Civil Veterinary Department. Central Provinces & Berar 1925-31 - 1925-1931
Year: 1925
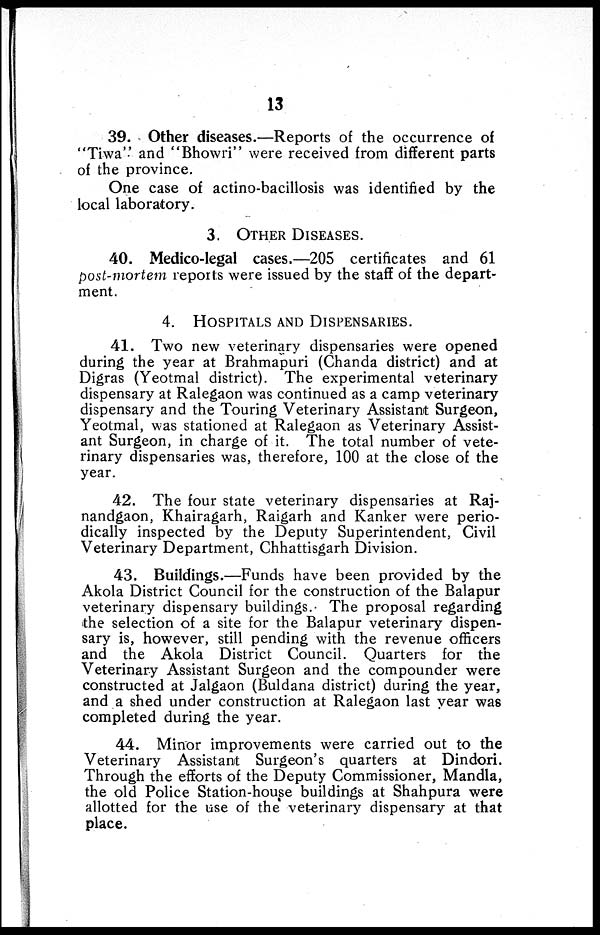
13
39. Other diseases.—Reports of the occurrence of
"Tiwa" and "Bhowri" were received from different parts
of the province.
One case of actino-bacillosis was identified by the
local laboratory.
3. OTHER DISEASES.
40. Medico-legal cases.—205 certificates and 61
post-mortem reports were issued by the staff of the depart-
ment.
4. HOSPITALS AND DISPENSARIES.
41. Two new veterinary dispensaries were opened
during the year at Brahmapuri (Chanda district) and at
Digras (Yeotmal district). The experimental veterinary
dispensary at Ralegaon was continued as a camp veterinary
dispensary and the Touring Veterinary Assistant Surgeon,
Yeotmal, was stationed at Ralegaon as Veterinary Assist-
ant Surgeon, in charge of it. The total number of vete-
rinary dispensaries was, therefore, 100 at the close of the
year.
42. The four state veterinary dispensaries at Raj-
nandgaon, Khairagarh, Raigarh and Kanker were perio-
dically inspected by the Deputy Superintendent, Civil
Veterinary Department, Chhattisgarh Division.
43. Buildings.—Funds have been provided by the
Akola District Council for the construction of the Balapur
veterinary dispensary buildings. The proposal regarding
the selection of a site for the Balapur veterinary dispen-
sary is, however, still pending with the revenue officers
and the Akola District Council. Quarters for the
Veterinary Assistant Surgeon and the compounder were
constructed at Jalgaon (Buldana district) during the year,
and a shed under construction at Ralegaon last year was
completed during the year.
44. Minor improvements were carried out to the
Veterinary Assistant Surgeon's quarters at Dindori.
Through the efforts of the Deputy Commissioner, Mandla,
the old Police Station-house buildings at Shahpura were
allotted for the use of the veterinary dispensary at that
place.